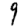
Digit: 9